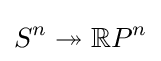
S^{n}\twoheadrightarrow \mathbb {R} P^{n}